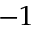
- 1